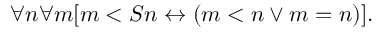
\forall n \forall m [ m < S n \leftrightarrow ( m < n \lor m = n ) ] .